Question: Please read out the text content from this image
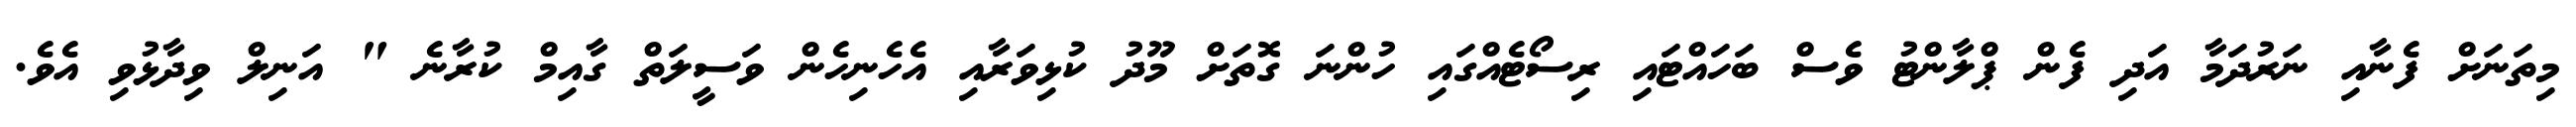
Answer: މިތަނަށް ފެނާއި ނަރުދަމާ އަދި ފެން ޕްލާންޓު ވެސް ބަހައްޓައި ރިސޯޓެއްގައި ހުންނަ ގޮތަށް މޫދު ކުޅިވަރާއި އެހެނިހެން ވަސީލަތް ގާއިމް ކުރާނެ " އަނިލް ވިދާޅުވި އެވެ.